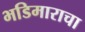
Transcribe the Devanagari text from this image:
भडिमाराचा